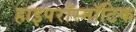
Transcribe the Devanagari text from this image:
हाइपरॉस्मॉटिक